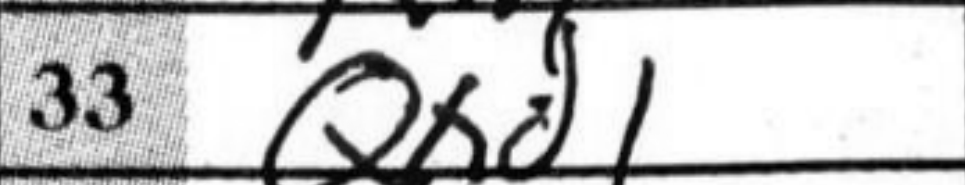
Transcription: Qxd1